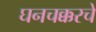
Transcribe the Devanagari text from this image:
घनचक्करचे